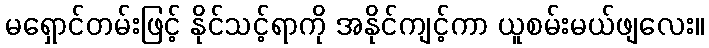
မရှောင်တမ်းဖြင့် နိုင်သင့်ရာကို အနိုင်ကျင့်ကာ ယူစမ်းမယ်ဖျလေး။